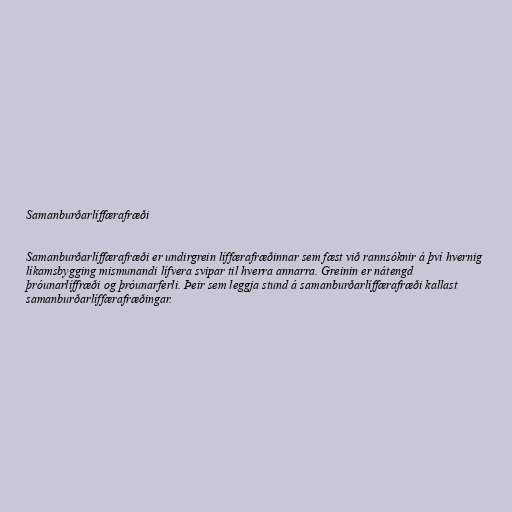
Samanburðarlíffærafræði

Samanburðarlíffærafræði er undirgrein líffærafræðinnar sem fæst við rannsóknir á því hvernig
líkamsbygging mismunandi lífvera svipar til hverra annarra. Greinin er nátengd
þróunarlíffræði og þróunarferli. Þeir sem leggja stund á samanburðarlíffærafræði kallast
samanburðarlíffærafræðingar.